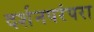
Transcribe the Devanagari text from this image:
दर्शनपरंपरा